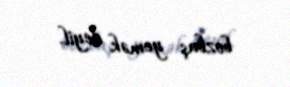
bozbaş yemək deyil.